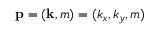
\mathbf { p } = ( \mathbf { k } , m ) = ( k _ { x } , k _ { y } , m )